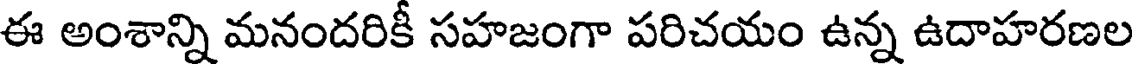
ఈ అంశాన్ని మనందరికీ సహజంగా పరిచయం ఉన్న ఉదాహరణల